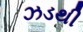
ઝડથી